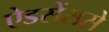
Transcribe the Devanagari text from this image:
ऐडसेंससे